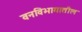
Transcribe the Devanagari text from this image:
वनविभागातील